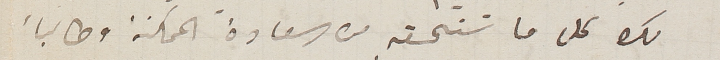
لك كل ما تستحقه من السعادة الممكنة وطالباً